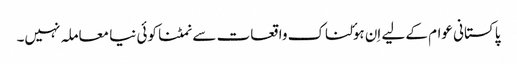
پاکستانی عوام کے لیے اِن ہوٴلناک واقعات سے نمٹنا کوئی نیا معاملہ نہیں۔